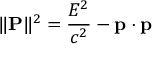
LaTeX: \| \mathbf { P } \| ^ { 2 } = { \frac { E ^ { 2 } } { c ^ { 2 } } } - \mathbf { p } \cdot \mathbf { p }